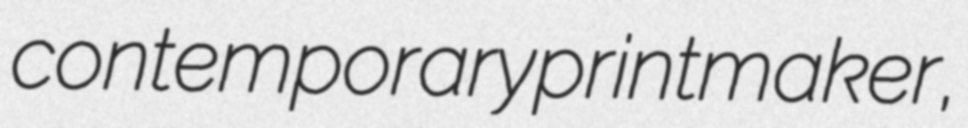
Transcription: contemporary printmaker,